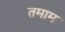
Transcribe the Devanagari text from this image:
तमाम